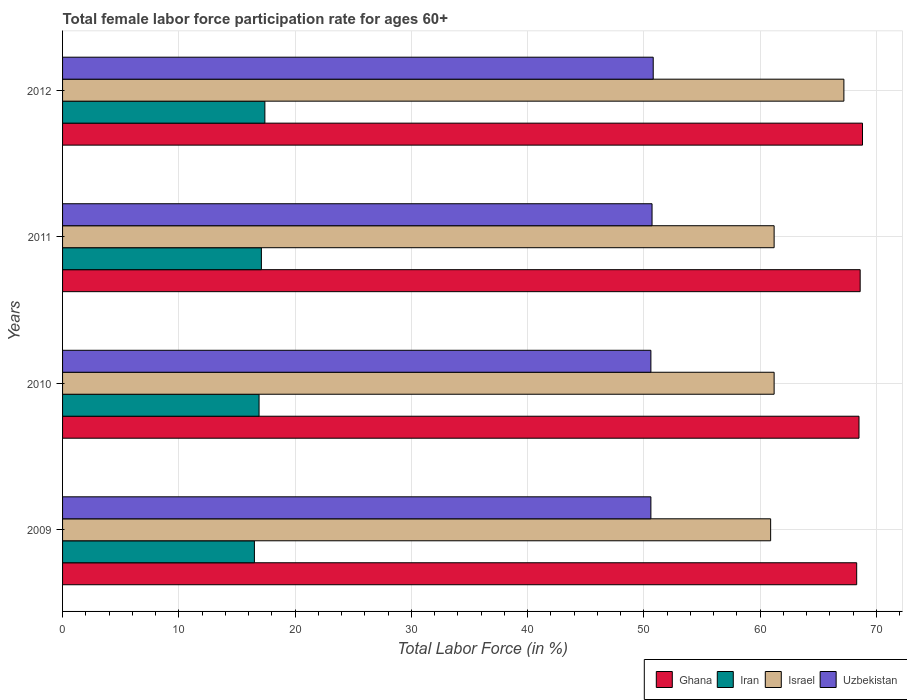
| Years | Ghana | Iran | Israel | Uzbekistan |
 | --- | --- | --- | --- | --- |
 | 2009 | 68.3 | 16.5 | 60.9 | 50.6 |
 | 2010 | 68.5 | 16.9 | 61.2 | 50.6 |
 | 2011 | 68.6 | 17.1 | 61.2 | 50.7 |
 | 2012 | 68.8 | 17.4 | 67.2 | 50.8 |